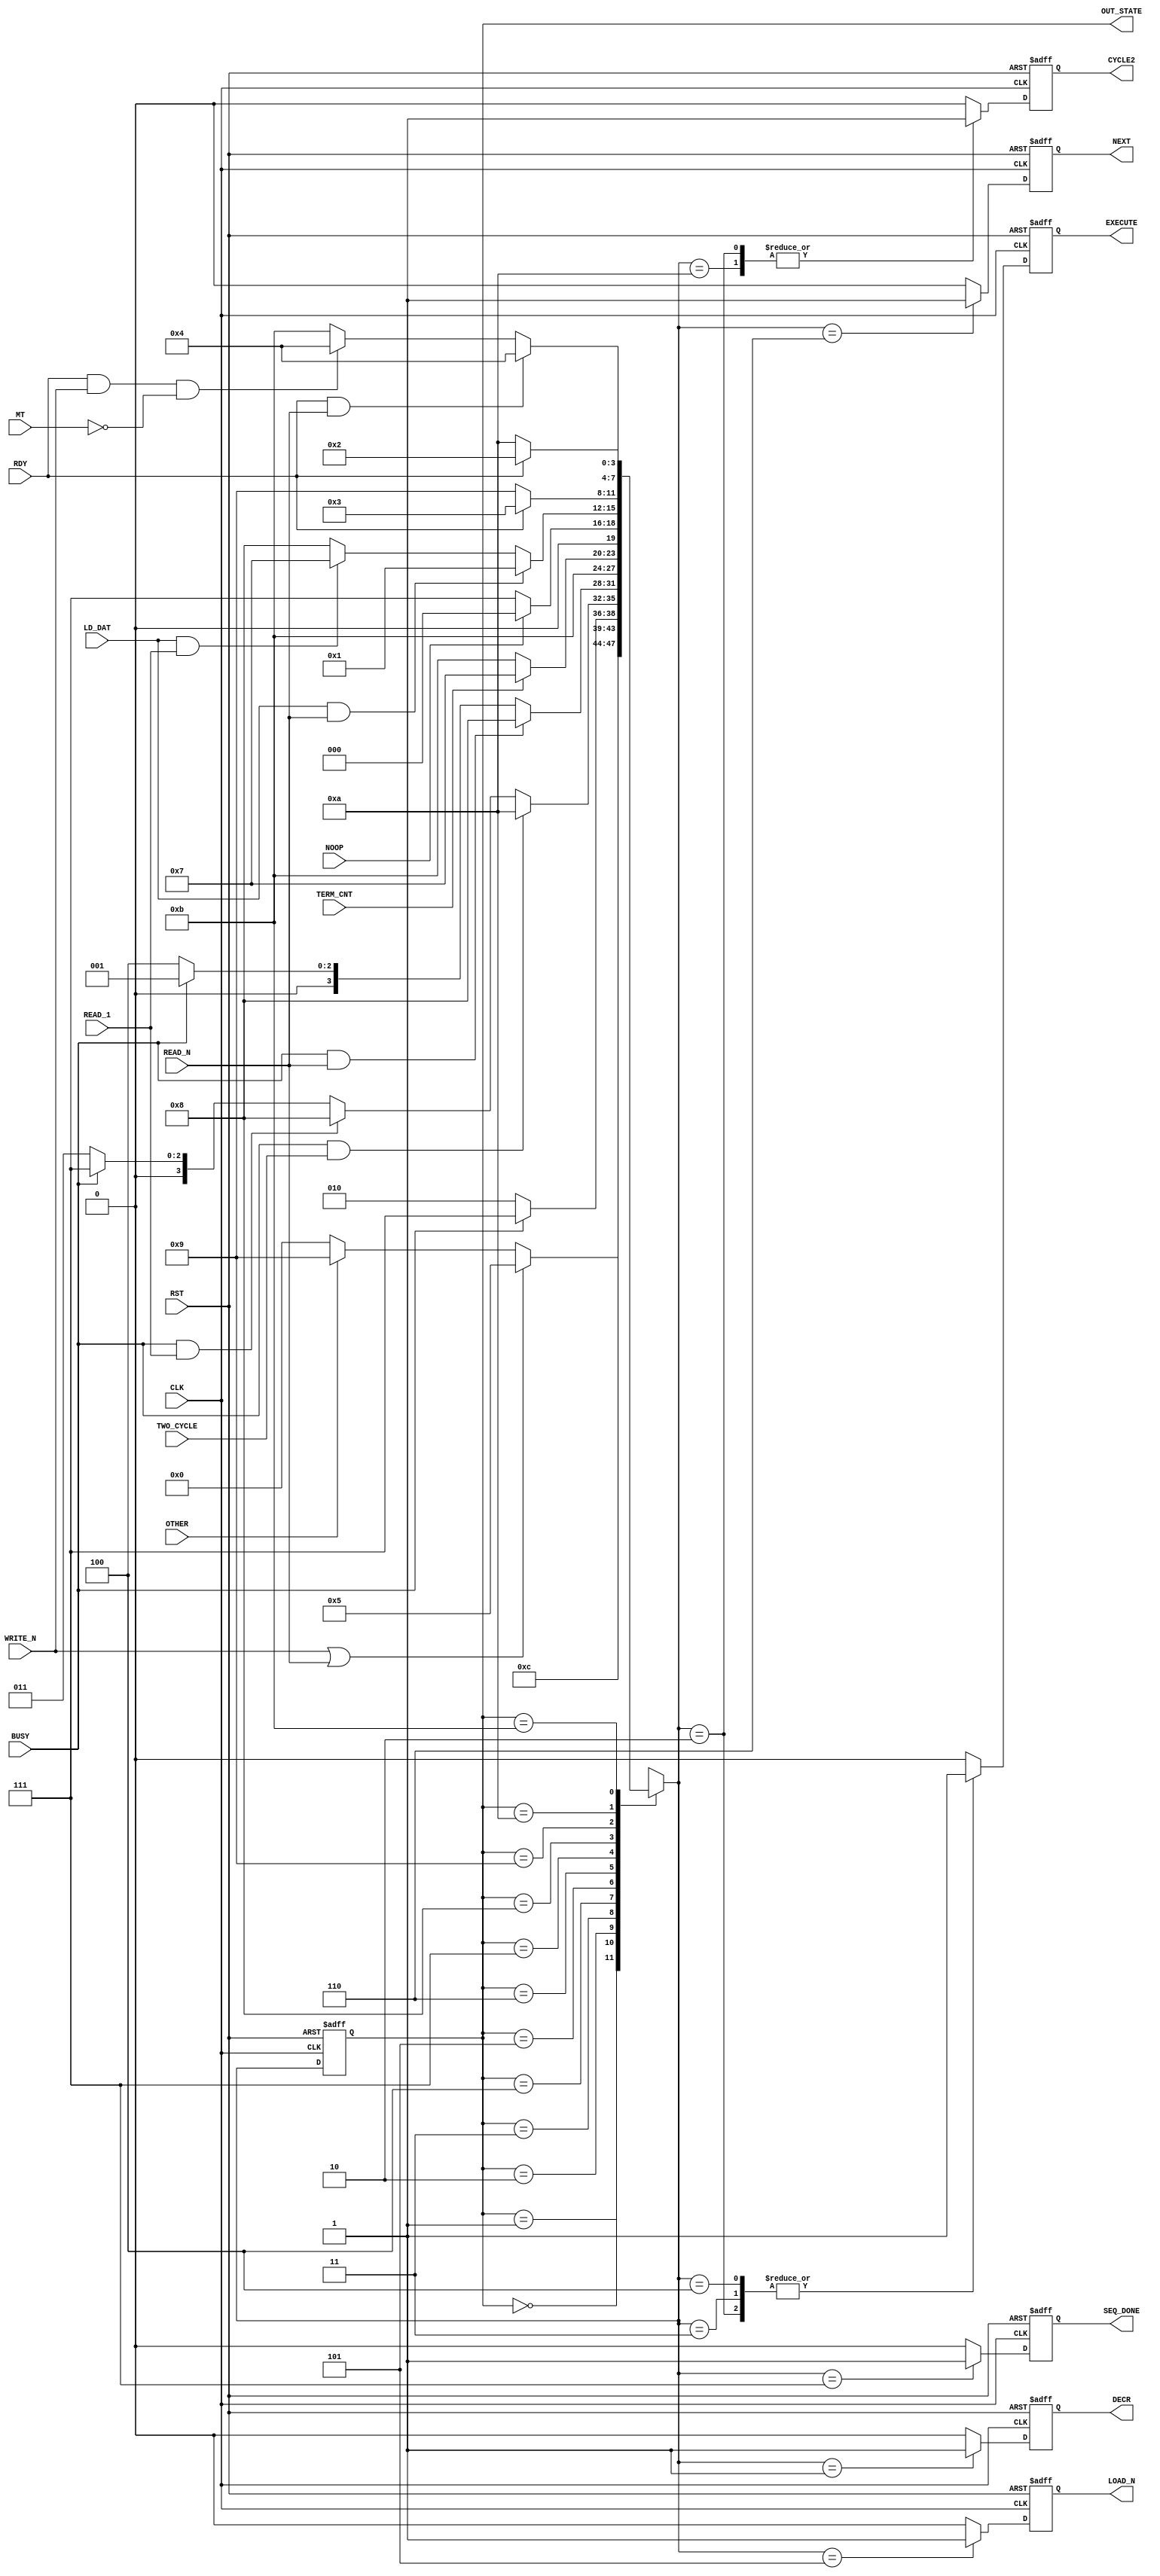

// Created by fizzim_tmr.pl version $Revision: 4.44 on 2014:08:25 at 17:16:46 (www.fizzim.com)

module BPI_ctrl_FSM (
  output reg CYCLE2,
  output reg DECR,
  output reg EXECUTE,
  output reg LOAD_N,
  output reg NEXT,
  output reg SEQ_DONE,
  output wire [3:0] OUT_STATE,
  input BUSY,
  input CLK,
  input LD_DAT,
  input MT,
  input NOOP,
  input OTHER,
  input RDY,
  input READ_1,
  input READ_N,
  input RST,
  input TERM_CNT,
  input TWO_CYCLE,
  input WRITE_N 
);

  // state bits
  parameter 
  Idle           = 4'b0000, 
  Decr           = 4'b0001, 
  Ex_2nd_Cycle   = 4'b0010, 
  Ex_First_Cycle = 4'b0011, 
  Ex_RW          = 4'b0100, 
  Load_n         = 4'b0101, 
  Next           = 4'b0110, 
  Seq_Done       = 4'b0111, 
  Wait4Data      = 4'b1000, 
  Wait4Rdy1      = 4'b1001, 
  Wait4Rdy2      = 4'b1010, 
  Wait4RdyRW     = 4'b1011; 

  reg [3:0] state;

  assign OUT_STATE = state;

  reg [3:0] nextstate;


  // comb always block
  always @* begin
    nextstate = 4'bxxxx; // default to x because default_state_is_x is set
    case (state)
      Idle          : if      (WRITE_N || READ_N)     nextstate = Load_n;
                      else if (OTHER)                 nextstate = Wait4Rdy1;
                      else                            nextstate = Idle;
      Decr          :                                 nextstate = Next;
      Ex_2nd_Cycle  : if      (BUSY)                  nextstate = Seq_Done;
                      else                            nextstate = Ex_2nd_Cycle;
      Ex_First_Cycle: if      (BUSY && TWO_CYCLE)     nextstate = Wait4Rdy2;
                      else if (BUSY && READ_1)        nextstate = Wait4Data;
                      else if (BUSY)                  nextstate = Seq_Done;
                      else                            nextstate = Ex_First_Cycle;
      Ex_RW         : if      (BUSY && READ_N)        nextstate = Wait4Data;
                      else if (BUSY)                  nextstate = Decr;
                      else                            nextstate = Ex_RW;
      Load_n        :                                 nextstate = Wait4RdyRW;
      Next          : if      (TERM_CNT)              nextstate = Seq_Done;
                      else                            nextstate = Wait4RdyRW;
      Seq_Done      : if      (NOOP)                  nextstate = Idle;
                      else                            nextstate = Seq_Done;
      Wait4Data     : if      (LD_DAT && READ_N)      nextstate = Decr;
                      else if (LD_DAT && READ_1)      nextstate = Seq_Done;
                      else                            nextstate = Wait4Data;
      Wait4Rdy1     : if      (RDY)                   nextstate = Ex_First_Cycle;
                      else                            nextstate = Wait4Rdy1;
      Wait4Rdy2     : if      (RDY)                   nextstate = Ex_2nd_Cycle;
                      else                            nextstate = Wait4Rdy2;
      Wait4RdyRW    : if      (RDY && READ_N)         nextstate = Ex_RW;
                      else if (RDY & WRITE_N && !MT)  nextstate = Ex_RW;
                      else                            nextstate = Wait4RdyRW;
    endcase
  end

  // Assign reg'd outputs to state bits

  // sequential always block
  always @(posedge CLK or posedge RST) begin
    if (RST)
      state <= Idle;
    else
      state <= nextstate;
  end

  // datapath sequential always block
  always @(posedge CLK or posedge RST) begin
    if (RST) begin
      CYCLE2 <= 0;
      DECR <= 0;
      EXECUTE <= 0;
      LOAD_N <= 0;
      NEXT <= 0;
      SEQ_DONE <= 0;
    end
    else begin
      CYCLE2 <= 0; // default
      DECR <= 0; // default
      EXECUTE <= 0; // default
      LOAD_N <= 0; // default
      NEXT <= 0; // default
      SEQ_DONE <= 0; // default
      case (nextstate)
        Decr          :        DECR <= 1;
        Ex_2nd_Cycle  : begin
                               CYCLE2 <= 1;
                               EXECUTE <= 1;
        end
        Ex_First_Cycle:        EXECUTE <= 1;
        Ex_RW         :        EXECUTE <= 1;
        Load_n        :        LOAD_N <= 1;
        Next          :        NEXT <= 1;
        Seq_Done      :        SEQ_DONE <= 1;
        Wait4Rdy2     :        CYCLE2 <= 1;
      endcase
    end
  end

  // This code allows you to see state names in simulation
  `ifndef SYNTHESIS
  reg [111:0] statename;
  always @* begin
    case (state)
      Idle          : statename = "Idle";
      Decr          : statename = "Decr";
      Ex_2nd_Cycle  : statename = "Ex_2nd_Cycle";
      Ex_First_Cycle: statename = "Ex_First_Cycle";
      Ex_RW         : statename = "Ex_RW";
      Load_n        : statename = "Load_n";
      Next          : statename = "Next";
      Seq_Done      : statename = "Seq_Done";
      Wait4Data     : statename = "Wait4Data";
      Wait4Rdy1     : statename = "Wait4Rdy1";
      Wait4Rdy2     : statename = "Wait4Rdy2";
      Wait4RdyRW    : statename = "Wait4RdyRW";
      default       : statename = "XXXXXXXXXXXXXX";
    endcase
  end
  `endif

endmodule